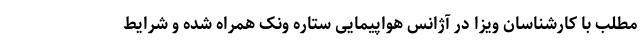
مطلب با کارشناسان ویزا در آژانس هواپیمایی ستاره ونک همراه شده و شرایط